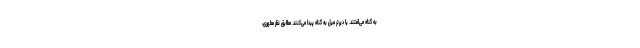
به گناه می‌افتند. یا دیرتر میل به گناه پیدا می‌کنند. مطابق نظر مطهری،